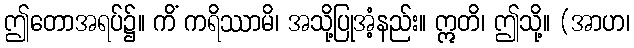
ဤတောအရပ်၌။ ကိံ ကရိဿာမိ၊ အသို့ပြုအံ့နည်း။ ဣတိ၊ ဤသို့။ (အာဟ၊